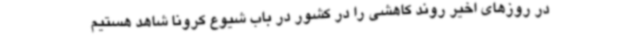
در روزهای اخیر روند کاهشی را در کشور در باب شیوع کرونا شاهد هستیم